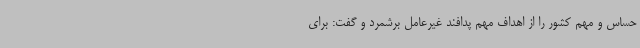
حساس و مهم کشور را از اهداف مهم پدافند غیرعامل برشمرد و گفت: برای